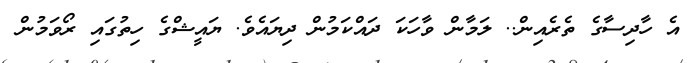
އެ ހާދިސާގެ ތެރެއިން.. ލަމާން ވާހަކަ ދައްކަމުން ދިޔައެވެ. ޔައީޝްގެ ހިތުގައި ރޯވަމުން